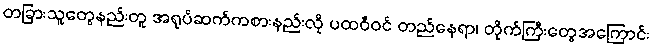
တခြားသူတွေနည်းတူ အရုပ်ဆက်ကစားနည်းလို ပထဝီဝင် တည်နေရာ၊ တိုက်ကြီးတွေအကြောင်း